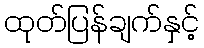
ထုတ်ပြန်ချက်နှင့်